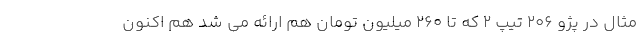
مثال در پژو 206 تیپ 2 که تا 260 میلیون تومان هم ارائه می شد هم اکنون